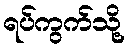
ရပ်ကွက်သို့